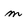
Character: m